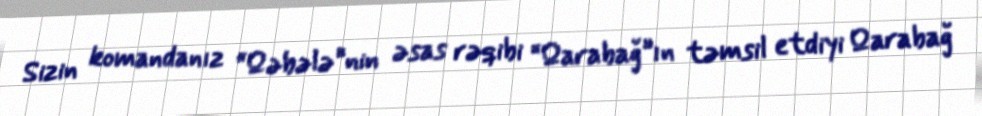
Sizin komandanız “Qəbələ”nin əsas rəqibi “Qarabağ”ın təmsil etdiyi Qarabağ